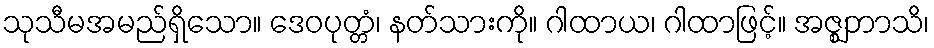
သုသီမအမည်ရှိသော။ ဒေဝပုတ္တံ၊ နတ်သားကို။ ဂါထာယ၊ ဂါထာဖြင့်။ အဇ္ဈဘာသိ၊